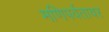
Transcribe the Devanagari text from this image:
मणिपर्वतावर